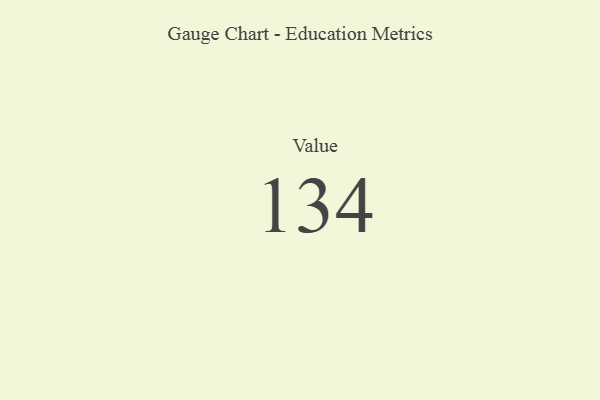
{"axis": {"x": "Metric", "y": "Value"}, "legend": [""], "data": [{"x": "Value", "y": 134, "type": ""}]}